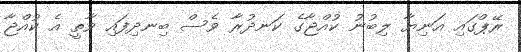
ރޭޕްގައި އަނިޔާ ލިބުނު ކުއްޖާގެ ކަނދުރާ ވެސް ބިނދިފައި ވާތީ އެ ކުއްޖާ